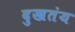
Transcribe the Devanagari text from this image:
दुखतंय